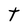
Character: t